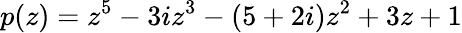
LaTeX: p(z)=z^{5}-3iz^{3}-(5+2i)z^{2}+3z+1